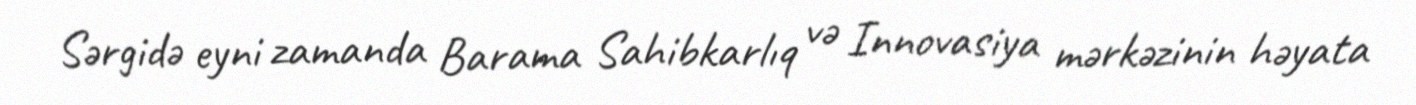
Sərgidə eyni zamanda Barama Sahibkarlıq və Innovasiya mərkəzinin həyata